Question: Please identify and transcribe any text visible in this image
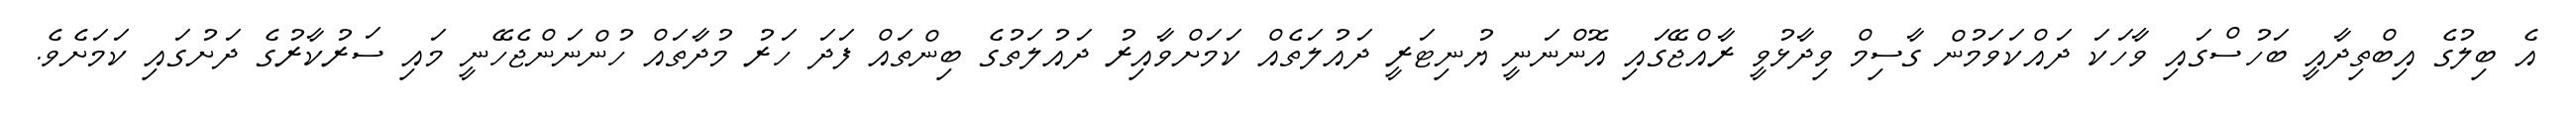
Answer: އެ ބިލުގެ އިބްތިދާއީ ބަހުސްގައި ވާހަކަ ދައްކަވަމުން ގާސިމް ވިދާޅުވީ ރާއްޖޭގައި އޮންނަނީ ޔުނިޓަރީ ދައުލަތެއް ކަމަށްވާއިރު ދައުލަތުގެ ބިންތައް ފަދަ ހަރު މުދާތައް ހުންނަންޖެހޭނީ މައި ސަރުކާރުގެ ދަށުގައި ކަމަށެވެ.